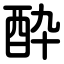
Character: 酔